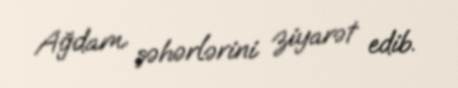
Ağdam şəhərlərini ziyarət edib.